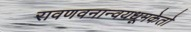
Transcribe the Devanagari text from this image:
रावणवनान्वयधूमकेतो